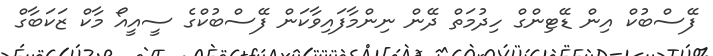
ފޭސްބުކް އިން ޑޭޓިންގް ހިދުމަތް ދޭން ނިންމާފައިވާކަން ފޭސްބުކްގެ ސީއީއޯ މާކް ޒަކަބާގް